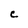
Character: c